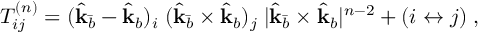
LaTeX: T _ { i j } ^ { ( n ) } = ( \hat { \bf k } _ { \bar { b } } - \hat { \bf k } _ { b } ) _ { i } \; ( \hat { \bf k } _ { \bar { b } } \times \hat { \bf k } _ { b } ) _ { j } \; | \hat { \bf k } _ { \bar { b } } \times \hat { \bf k } _ { b } | ^ { n - 2 } + ( i \leftrightarrow j ) \; ,